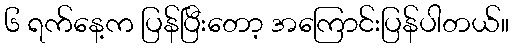
၆ ရက်နေ့က ပြန်ပြီးတော့ အကြောင်းပြန်ပါတယ်။